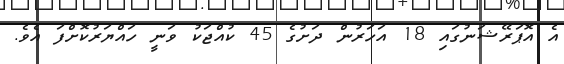
އެ އޮޕަރޭޝަނުގައި 18 އަހަރުން ދަށުގެ 45 ކުއްޖަކު ވަނީ ހައްޔަރުކޮށްފަ އެވެ.